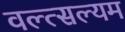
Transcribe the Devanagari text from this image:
वल्त्सल्यम